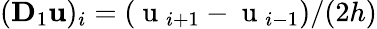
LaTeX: (\mathbf{D}_{1}\mathbf{u})_{i}=(\mathrm{~u~}_{i+1}-\mathrm{~u~}_{i-1})/(2h)